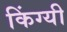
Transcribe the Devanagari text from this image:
किंग्यी